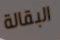
البقالة